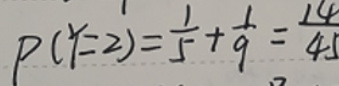
\[
P(Y = 2)=\frac{1}{5}+\frac{1}{9}=\frac{14}{45}
\]